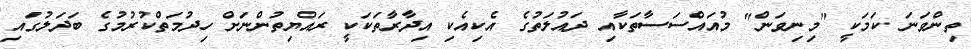
ތިންވަނަ ކަމަކީ "މިނިވަން" މުއައްސަސާތަކާއި ދައުލަތުގެ އެކިއެކި އިދާރާތަކަކީ ރައްޔިތުންނަށް ހިދުމަތްކުރުމުގެ ބަދަލުގައި